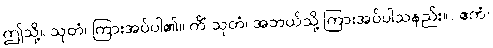
ဤသို့။ သုတံ၊ ကြားအပ်ပါ၏။ ကိံ သုတံ၊ အဘယ်သို့ ကြားအပ်ပါသနည်း။) ဧကံ၊